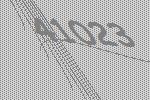
41023